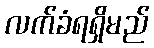
လက်ခံရရှိမည်